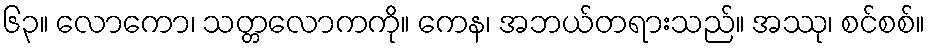
၆၃။ လောကော၊ သတ္တလောကကို။ ကေန၊ အဘယ်တရားသည်။ အဿု၊ စင်စစ်။